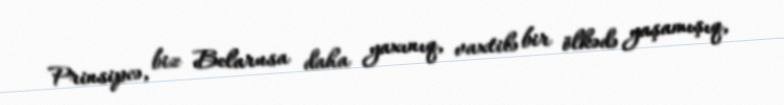
Prinsipcə, biz Belarusa daha yaxınıq, vaxtilə bir ölkədə yaşamışıq,